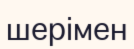
шерімен